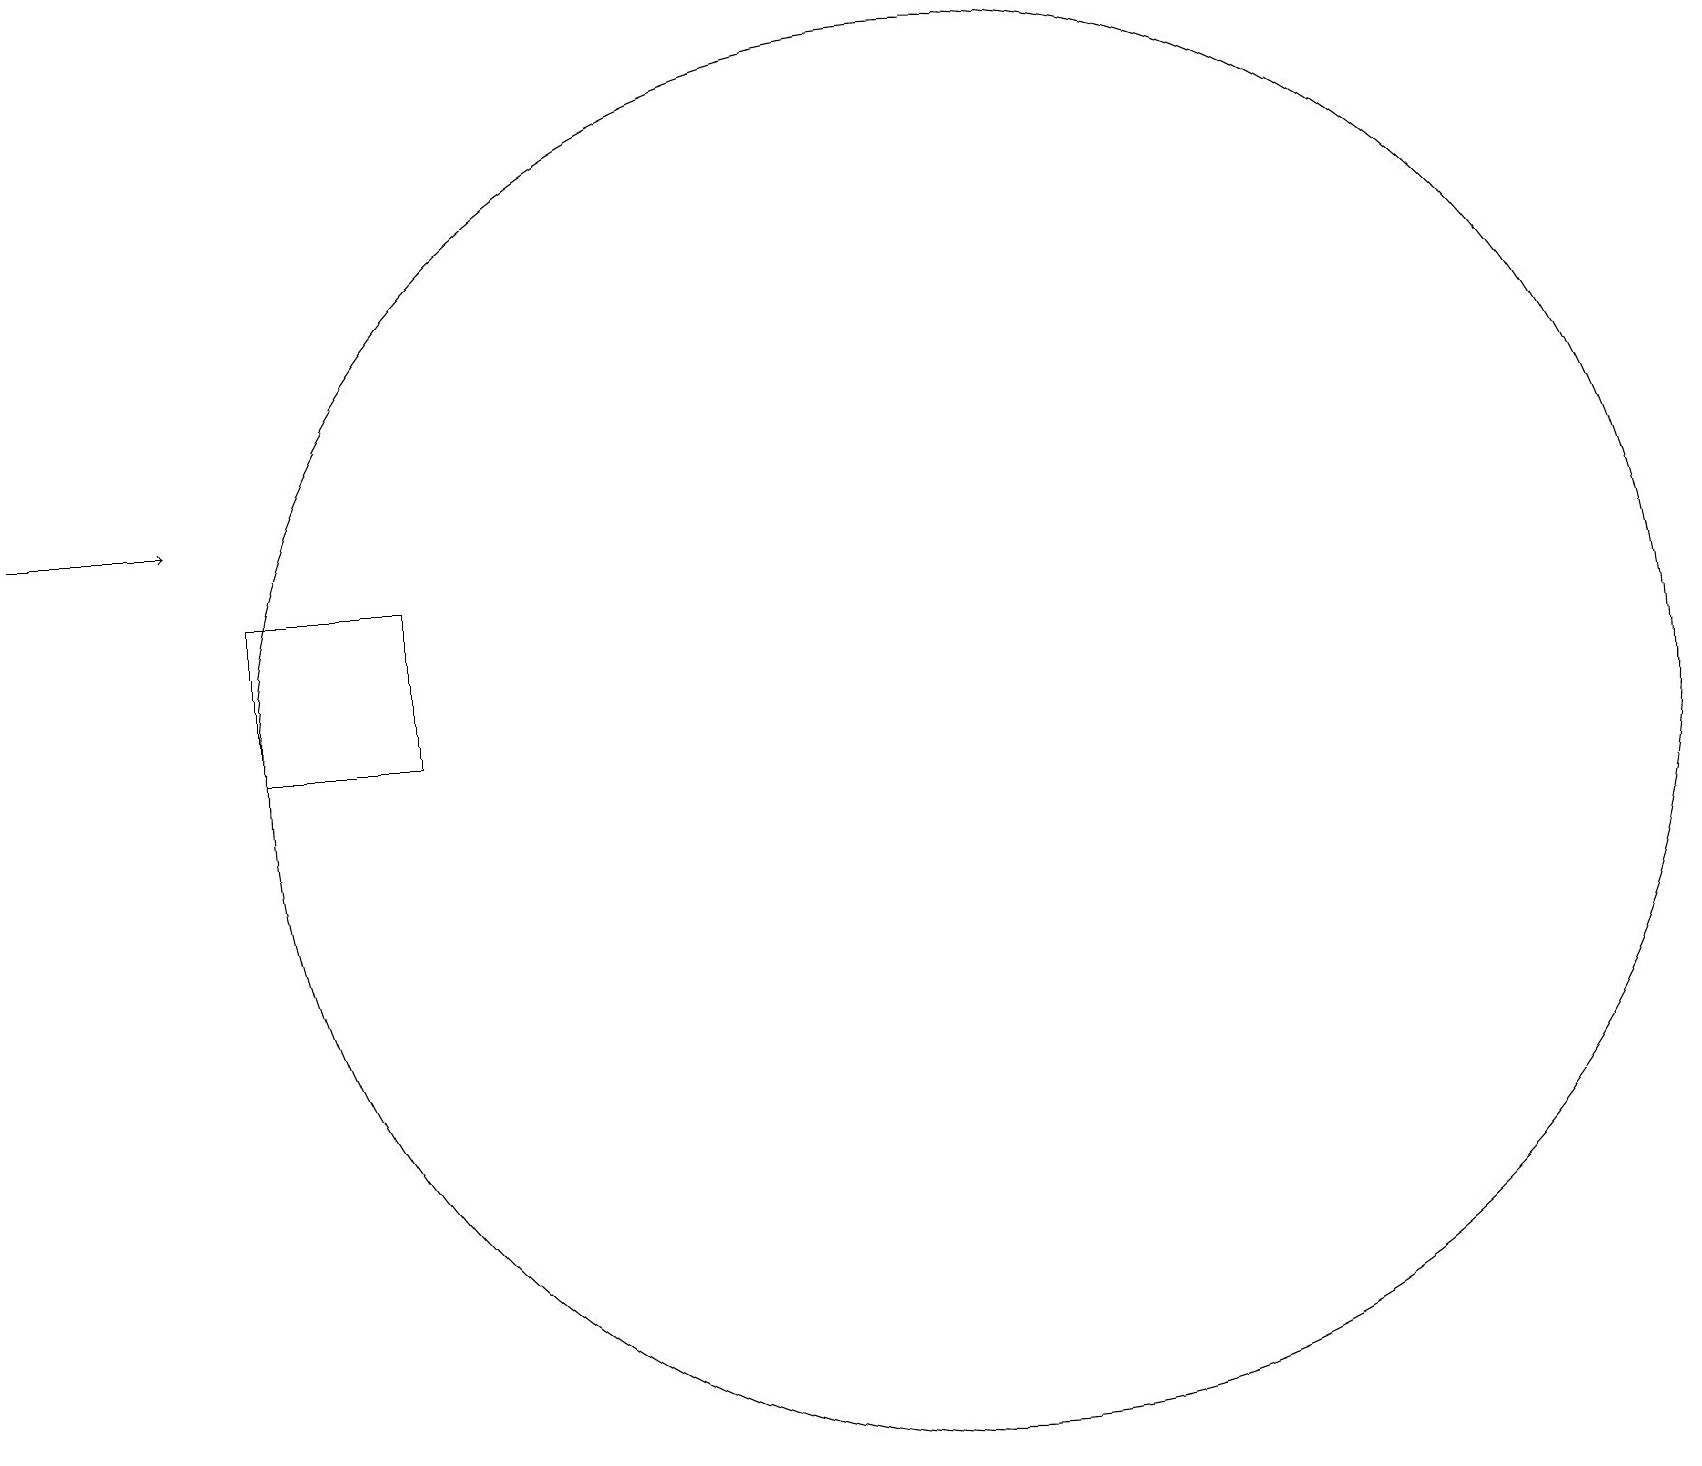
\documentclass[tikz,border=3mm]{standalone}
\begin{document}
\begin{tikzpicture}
\draw[->] (0,13) -- (2,13);
\draw (3,12) rectangle (5,10);
\draw (12,10) circle (9);
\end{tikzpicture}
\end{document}